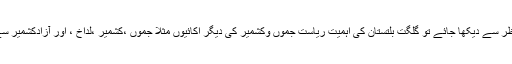
سٹیٹرٹیجک نقط نظر سے دیکھا جائے تو گلگت بلتستان کی اہمیت ریاست جموں وکشمیر کی دیگر اکائیوں مثلا جموں ،کشمیر ،لداخ ، اور آزادکشمیر سے بہت زیادہ ہے ۔